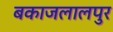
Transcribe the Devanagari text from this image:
बकाजलालपुर